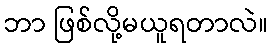
ဘာ ဖြစ်လို့မယူရတာလဲ။